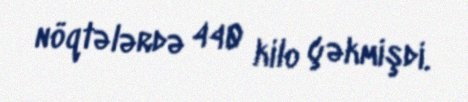
nöqtələrdə 440 kilo çəkmişdi.